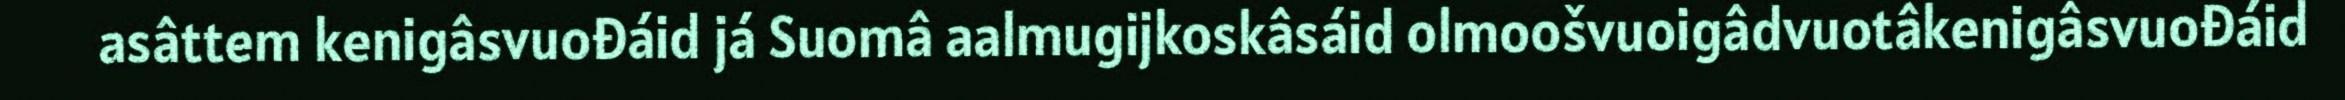
asâttem kenigâsvuođáid já Suomâ aalmugijkoskâsáid olmoošvuoigâdvuotâkenigâsvuođáid